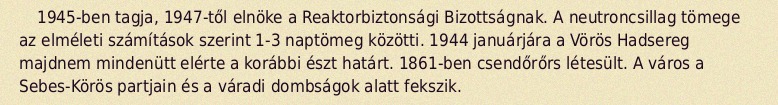
1945-ben tagja, 1947-től elnöke a Reaktorbiztonsági Bizottságnak. A neutroncsillag tömege az elméleti számítások szerint 1-3 naptömeg közötti. 1944 januárjára a Vörös Hadsereg majdnem mindenütt elérte a korábbi észt határt. 1861-ben csendőrőrs létesült. A város a Sebes-Körös partjain és a váradi dombságok alatt fekszik.